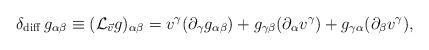
LaTeX: \begin{align*}\delta_{\rm diff}\, g_{\alpha\beta} \equiv ({\cal L}_{\vec{v}}g)_{\alpha\beta} = v^{\gamma}( \partial_{\gamma} g_{\alpha\beta} ) + g_{\gamma\beta}( \partial_{\alpha} v^{\gamma} )+ g_{\gamma\alpha}( \partial_{\beta} v^{\gamma}),\end{align*}